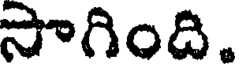
సాగింది.